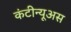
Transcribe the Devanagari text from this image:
कंटीन्यूअस